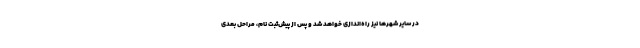
در سایر شهرها نیز راه‌اندازی خواهد شد و پس از پیش‌ثبت نام، مراحل بعدی